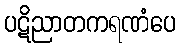
ပဋိညာတကရဏံပေ